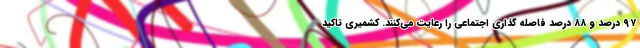
۹۷ درصد و ۸۸ درصد فاصله گذاری اجتماعی را رعایت می‌کنند. کشمیری تاکید